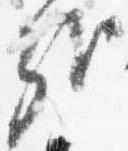
哉